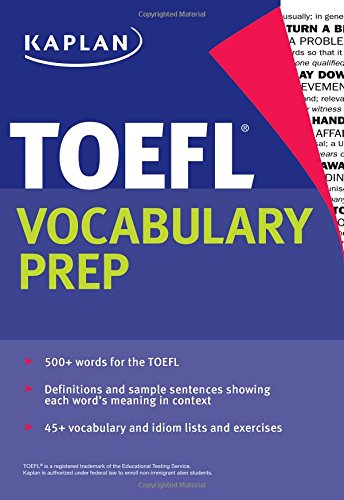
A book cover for Kaplan TOEFL Vocabulary Prep; Kaplan; Test Preparation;